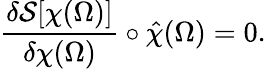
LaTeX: \frac{\delta\mathcal{S}[\chi(\Omega)]}{\delta\chi(\Omega)}\circ\hat{\chi}(\Omega)=0.